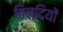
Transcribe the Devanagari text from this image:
बिन्दियों